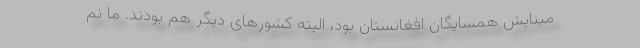
مبنایش همسایگان افغانستان بود، البته کشورهای دیگر هم بودند. ما نم